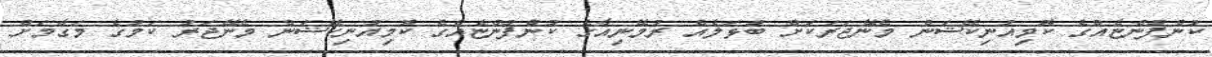
ކުންފުންޏެއްގެ ކޮމިއުނިކޭޝަން މެނޭޖަރަކަށް ބުޅަލެއް ރުމޭނިއާގެ ކުންފުންޏެއްގެ ކޮމިއުނިކޭޝަން މެނޭޖަރު ކަމުގެ މަގާމަށް